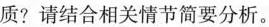
质? 请结合相关情节简要分析。